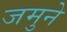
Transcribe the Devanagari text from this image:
जमुने